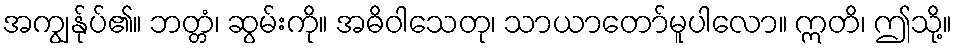
အကျွန်ုပ်၏။ ဘတ္တံ၊ ဆွမ်းကို။ အဓိဝါသေတု၊ သာယာတော်မူပါလော။ ဣတိ၊ ဤသို့။